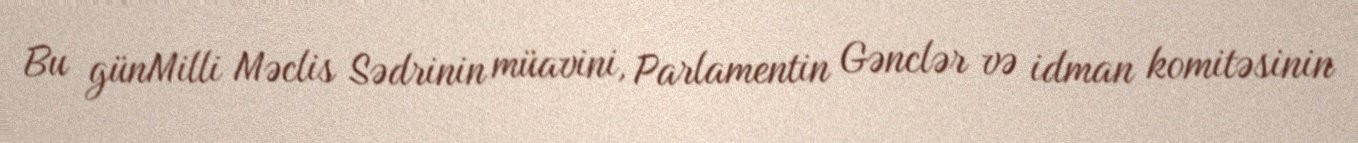
Bu günMilli Məclis Sədrinin müavini, Parlamentin Gənclər və idman komitəsinin